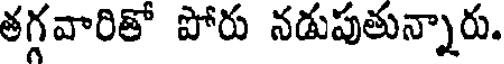
తగ్గవారితో పోరు నడుపుతున్నారు.